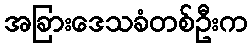
အခြားဒေသခံတစ်ဦးက